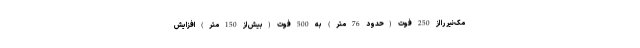
مک‌نیر را از 250 فوت (حدود 76 متر) به 500 فوت (بیش از 150 متر) افزایش